Scottish Certificate of Education, 1963
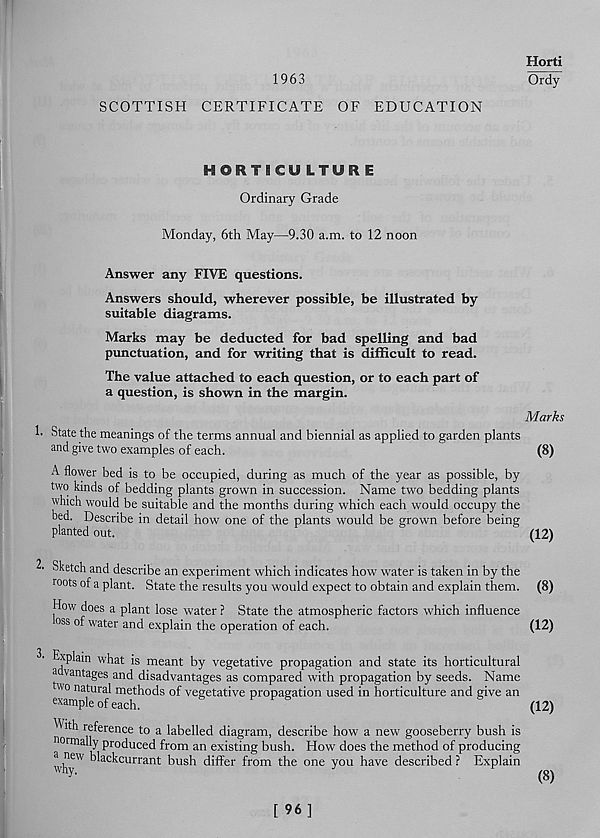
1963
Horti
Ordy
SCOTTISH CERTIFICATE OF EDUCATION
HORTICULTURE
Ordinary Grade
Monday, 6th May—9.30 a.m. to 12 noon
Answer any FIVE questions.
Answers should, wherever possible, be illustrated by
suitable diagrams.
Marks may be deducted for bad spelling and bad
punctuation, and for writing that is difficult to read.
The value attached to each question, or to each part of
a question, is shown in the margin.
Marks
1. State the meanings of the terms annual and biennial as applied to garden plants
and give two examples of each.
(8)
A flower bed is to be occupied, during as much of the year as possible, by
two kinds of bedding plants grown in succession. Name two bedding plants
which would be suitable and the months during which each would occupy the
bed. Describe in detail how one of the plants would be grown before being
planted out.
(12)
2’ Sketch and describe an experiment which indicates how water is taken in by the
roots of a plant. State the results you would expect to obtain and explain them. (8)
How does a plant lose water ? State the atmospheric factors which influence
oss of water and explain the operation of each.
(12)
xplam what is meant by vegetative propagation and state its horticultural
a vantages and disadvantages as compared with propagation by seeds. Name
wo natural methods of vegetative propagation used in horticulture and give an
example of each.
&
i' i' s
&
^
^ ith reference to a labelled diag ram, describe how a new gooseberry bush is
normally produced from an existing bush. How does the method of producing
a new blackcurrant bush differ from the one you have described ? Explain
why.
(8)
[ 96]